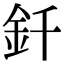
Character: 釺